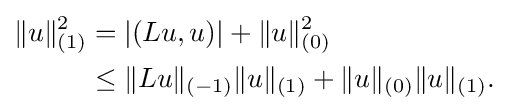
{\begin{aligned}\|u\|_{(1)}^{2}&=|(Lu,u)|+\|u\|_{(0)}^{2}\\&\leq \|Lu\|_{(-1)}\|u\|_{(1)}+\|u\|_{(0)}\|u\|_{(1)}.\end{aligned}}